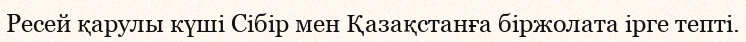
Ресей қарулы күші Сібір мен Қазақстанға біржолата ірге тепті.